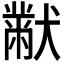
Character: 𭸪